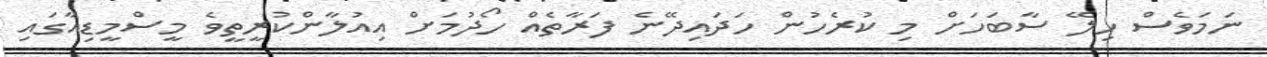
ނަމަވެސް ހިލޭ ސާބަހަށް މި ކުރެހުން ހަދައިދޭނެ ފަރާތެއް ހޯދުމަށް އިއުލާންކުރީތީވެ މީސްމީޑިއާގައި